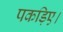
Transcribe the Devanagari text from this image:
पकड़िए।